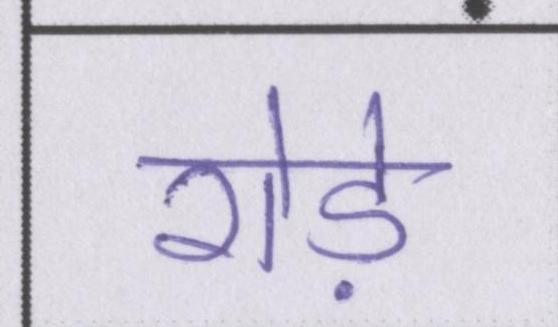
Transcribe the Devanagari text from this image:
रोड़े